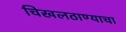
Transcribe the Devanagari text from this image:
चिखलठाण्याचा